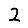
Digit: 2